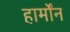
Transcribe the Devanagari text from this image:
हार्मोंन